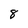
Character: 8